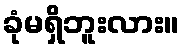
ခုံမရှိဘူးလား။